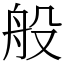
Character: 般